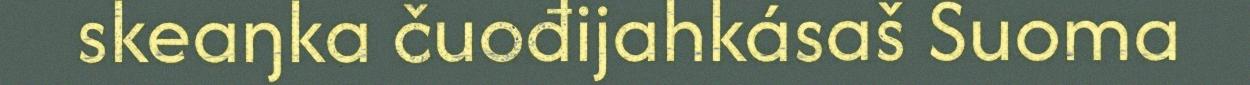
skeaŋka čuođijahkásaš Suoma